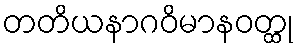
တတိယနာဂဝိမာနဝတ္ထု